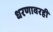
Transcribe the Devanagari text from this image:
धरणावरही